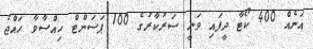
އަނެއް 400 ކޯޓާ ދީފައި ވަނީ ސަރުކާރުގެ 100 ޕަސަންޓް ހިއްސާވާ ހައްޖު